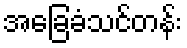
အခြေခံသင်တန်း